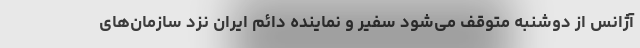
آژانس از دوشنبه متوقف می‌شود سفیر و نماینده دائم ایران نزد سازمان‌های